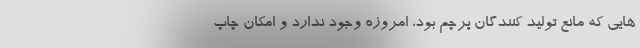
هایی که مانع تولید کنندگان پرچم بود، امروزه وجود ندارد و امکان چاپ